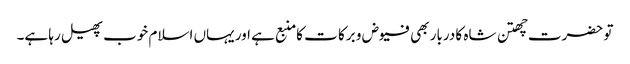
تو حضرت چھتن شاہ کا دربار بھی فیوض و برکا ت کامنبع ہے اور یہاں اسلام خوب پھیل رہا ہے۔